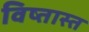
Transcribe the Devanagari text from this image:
विष्तास्त